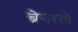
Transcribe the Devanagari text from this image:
ब्रेयरले